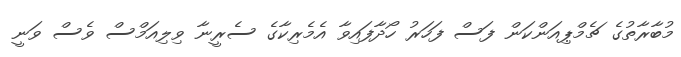
މުބާރާތުގެ ޗެމްޕިއަންކަން ފަސް ފަހަރު ހޯދާފައިވާ އެމެރިކާގެ ސެރީނާ ވިލިއަމްސް ވެސް ވަނީ